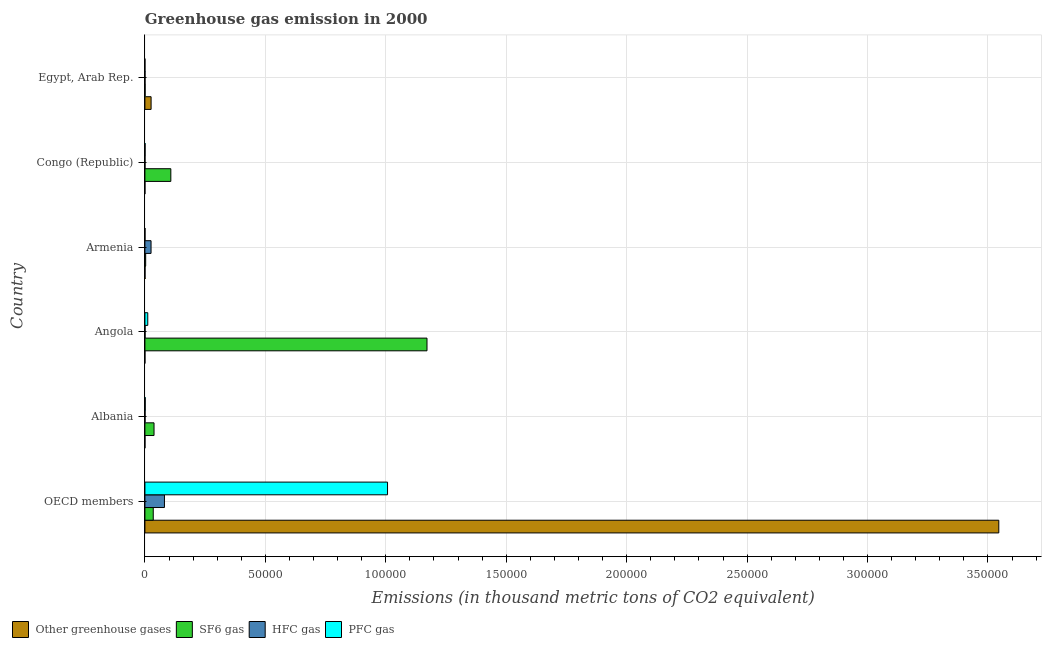
| Country | Other greenhouse gases | SF6 gas | HFC gas | PFC gas |
 | --- | --- | --- | --- | --- |
 | OECD members | 3.54e+05 | 3.46e+03 | 8.11e+03 | 1.01e+05 |
 | Albania | 15.5 | 3.78e+03 | 60.5 | 122 |
 | Angola | 0.7 | 1.17e+05 | 63 | 1.18e+03 |
 | Armenia | 42 | 311 | 2.55e+03 | 32.8 |
 | Congo (Republic) | 0.8 | 1.08e+04 | 25.2 | 63 |
 | Egypt, Arab Rep. | 2.57e+03 | 81.4 | 41.4 | 3.5 |